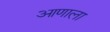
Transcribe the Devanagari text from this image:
आणाला